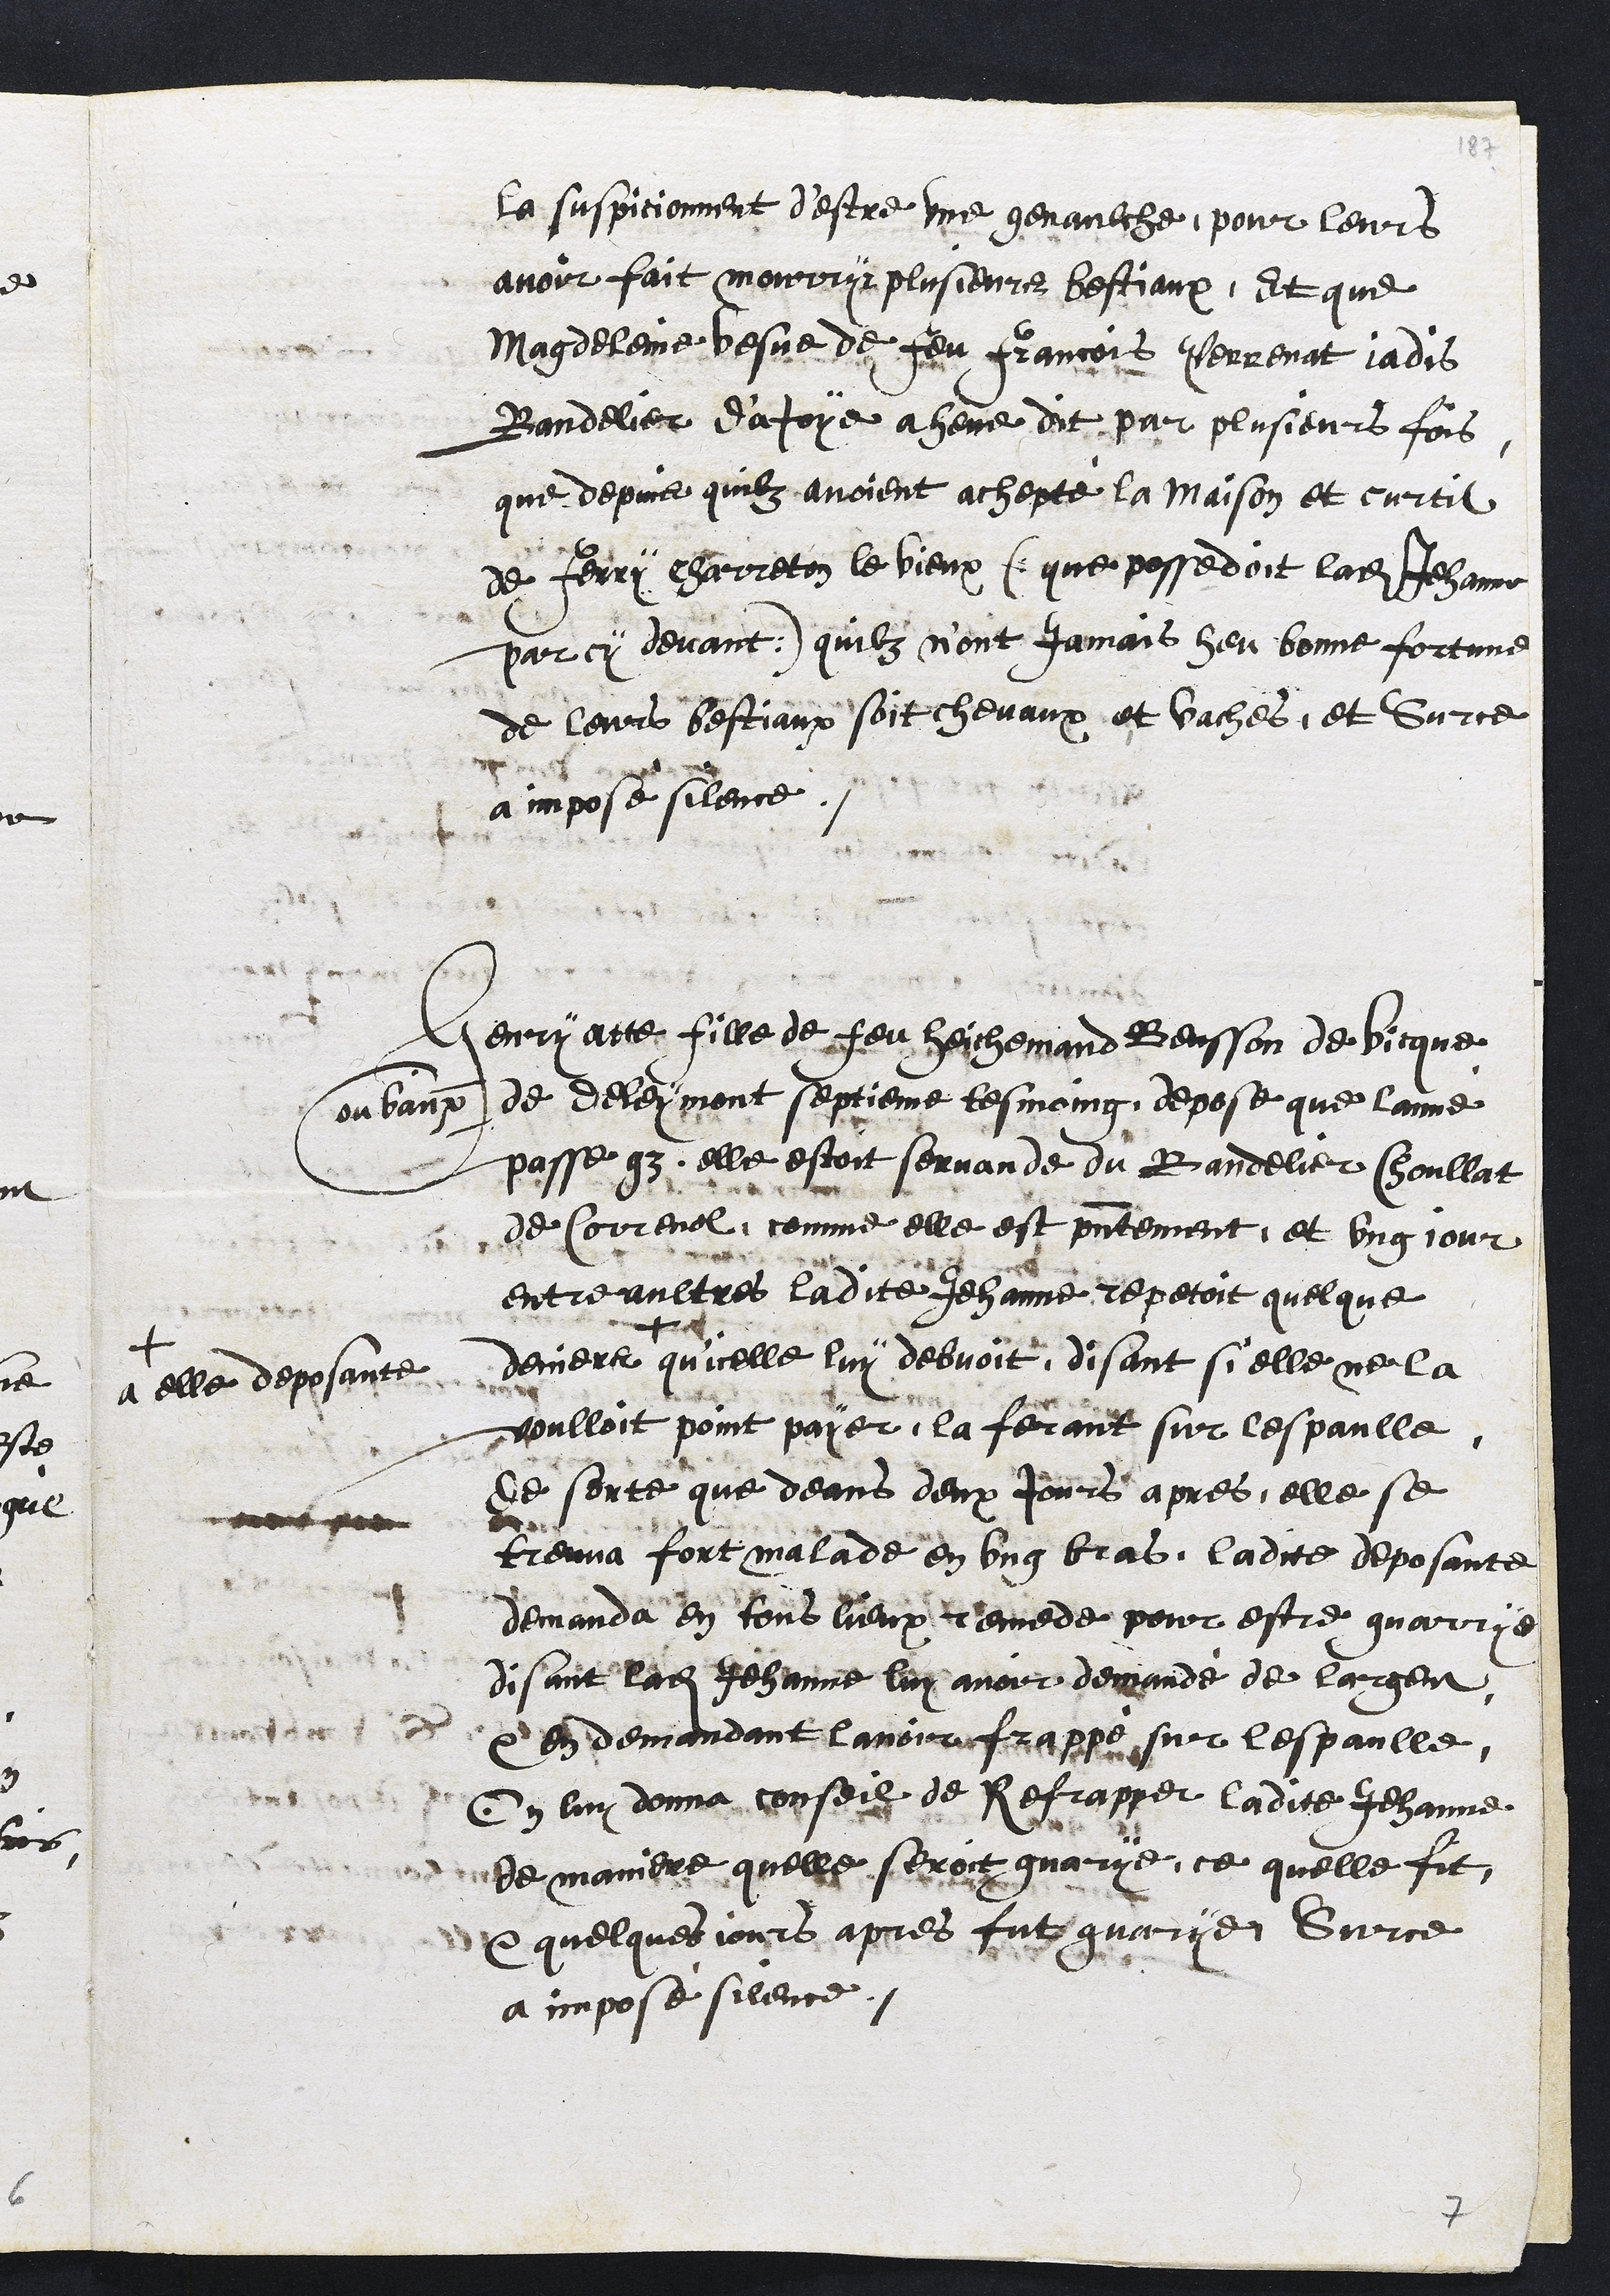
la suspicionnent d'estre une genaulche, pour leurs
avoir fait mourrir plusieurs bestiaux, Et que
Magdeleine vesve de feu Francois Perrenat ladis
Bandelier d'afoye a heue dit par plusieurs fois,
que depuis quilz avoient achepté la maison et curtil
de Henry charreton le vieux f que possedoit ladite Jehanne
par cy devant) quilz nont jamais heu bonne fortine
de leurs bestiaux soit chevaux et vaches, et Sur ce
a imposé silence.
Henry atte fille de feu Heichemand Beusson de bicque
Coubaux de deleymont septieme tesmoing, depose que lanne
passe 9r elle estoit servande du Bandelier soullat
de Correnol, comme elle est presentement, et ung jour
entre aultres ladite Jehanne repetoit quelque
deniers
+
a elle deposante
quicelle luy debvoit, disant si elle ne la
voulloit point payer, la fermt sur lespaulle
de sorte que deans deux jours apres, elle se
treuva fort malade en ung bras, ladie deposante
demanda en tous lieux rennede pour estre guarrys
disant ladite Jehanne luy avoir demande de largent,
ven demandant lavoir frappe sur lespaulle,
En luy donna conseilz de Refrapper ladite Jehanne
de maniere quelle seroit guarye, ce quelle fit
e quelques jours apres fut guarye. Sur ce
a imposé silence.

+